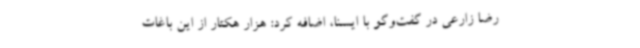
رضا زارعی در گفت‌وگو با ایسنا، اضافه کرد: هزار هکتار از این باغات